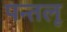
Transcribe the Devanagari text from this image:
पन्तलू